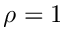
\rho = 1